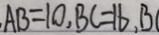
A B = 1 0 , B C = 1 6 , B